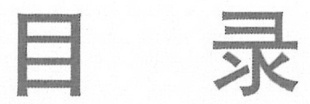
目录